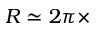
R \simeq 2 \pi \times